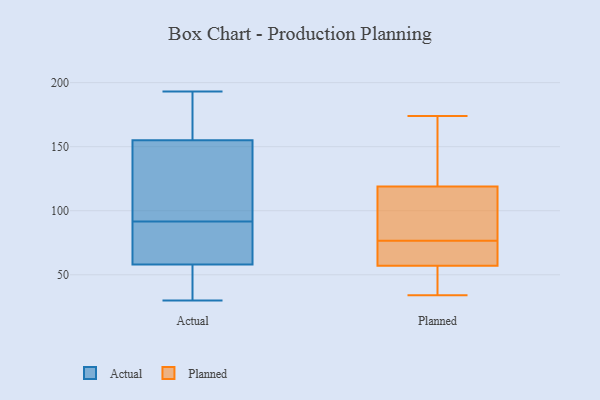
{"axis": {"x": "Population (Million)", "y": "Value"}, "legend": ["Actual", "Planned"], "data": [{"x": "", "y": 138, "type": "Actual"}, {"x": "", "y": 168, "type": "Actual"}, {"x": "", "y": 123, "type": "Actual"}, {"x": "", "y": 193, "type": "Actual"}, {"x": "", "y": 160, "type": "Actual"}, {"x": "", "y": 40, "type": "Actual"}, {"x": "", "y": 65, "type": "Actual"}, {"x": "", "y": 68, "type": "Actual"}, {"x": "", "y": 30, "type": "Actual"}, {"x": "", "y": 91, "type": "Actual"}, {"x": "", "y": 92, "type": "Actual"}, {"x": "", "y": 155, "type": "Actual"}, {"x": "", "y": 58, "type": "Actual"}, {"x": "", "y": 33, "type": "Actual"}, {"x": "", "y": 119, "type": "Planned"}, {"x": "", "y": 34, "type": "Planned"}, {"x": "", "y": 83, "type": "Planned"}, {"x": "", "y": 36, "type": "Planned"}, {"x": "", "y": 70, "type": "Planned"}, {"x": "", "y": 57, "type": "Planned"}, {"x": "", "y": 131, "type": "Planned"}, {"x": "", "y": 98, "type": "Planned"}, {"x": "", "y": 174, "type": "Planned"}, {"x": "", "y": 59, "type": "Planned"}]}